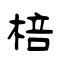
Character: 棓